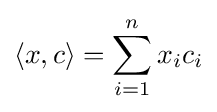
\langle x,c\rangle =\sum _{i=1}^{n}x_{i}c_{i}